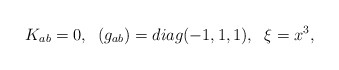
\begin{align*}K_{ab} =0, \;\; (g_{ab}) = diag(-1,1,1), \;\; \xi = x^3,\end{align*}